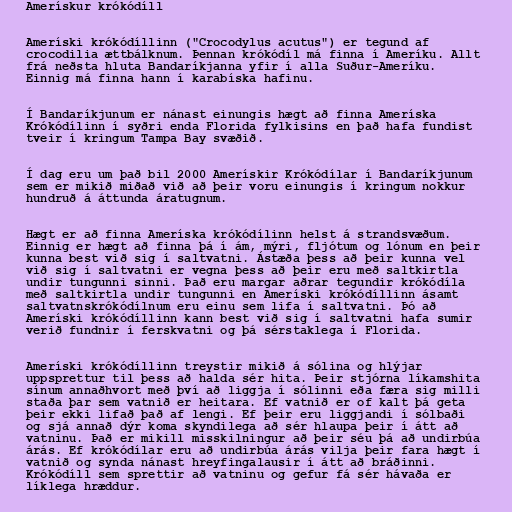
Amerískur krókódíll

Ameríski krókódíllinn ("Crocodylus acutus") er tegund af
crocodilia ættbálknum. Þennan krókódíl má finna í Ameríku. Allt
frá neðsta hluta Bandaríkjanna yfir í alla Suður-Ameríku.
Einnig má finna hann í karabíska hafinu.

Í Bandaríkjunum er nánast einungis hægt að finna Ameríska
Krókódílinn í syðri enda Florida fylkisins en það hafa fundist
tveir í kringum Tampa Bay svæðið.

Í dag eru um það bil 2000 Amerískir Krókódílar í Bandaríkjunum
sem er mikið miðað við að þeir voru einungis í kringum nokkur
hundruð á áttunda áratugnum.

Hægt er að finna Ameríska krókódílinn helst á strandsvæðum.
Einnig er hægt að finna þá í ám, mýri, fljótum og lónum en þeir
kunna best við sig í saltvatni. Ástæða þess að þeir kunna vel
við sig í saltvatni er vegna þess að þeir eru með saltkirtla
undir tungunni sinni. Það eru margar aðrar tegundir krókódíla
með saltkirtla undir tungunni en Ameríski krókódíllinn ásamt
saltvatnskrókódílnum eru einu sem lifa í saltvatni. Þó að
Ameríski krókódíllinn kann best við sig í saltvatni hafa sumir
verið fundnir í ferskvatni og þá sérstaklega í Florida.

Ameríski krókódíllinn treystir mikið á sólina og hlýjar
uppsprettur til þess að halda sér hita. Þeir stjórna líkamshita
sínum annaðhvort með því að liggja í sólinni eða færa sig milli
staða þar sem vatnið er heitara. Ef vatnið er of kalt þá geta
þeir ekki lifað það af lengi. Ef þeir eru liggjandi í sólbaði
og sjá annað dýr koma skyndilega að sér hlaupa þeir í átt að
vatninu. Það er mikill misskilningur að þeir séu þá að undirbúa
árás. Ef krókódílar eru að undirbúa árás vilja þeir fara hægt í
vatnið og synda nánast hreyfingalausir í átt að bráðinni.
Krókódíll sem sprettir að vatninu og gefur fá sér hávaða er
líklega hræddur.